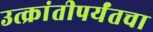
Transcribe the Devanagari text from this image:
उत्क्रांतीपर्यंतचा